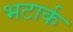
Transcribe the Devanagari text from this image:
भटार्क